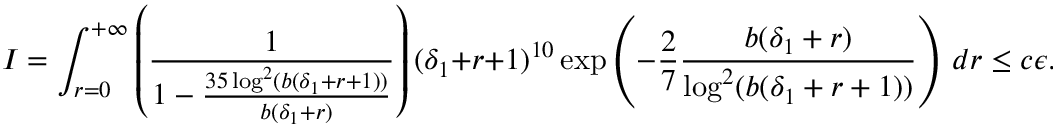
I = \int _ { r = 0 } ^ { + \infty } \left( \frac { 1 } { 1 - \frac { 3 5 \log ^ { 2 } ( b ( \delta _ { 1 } + r + 1 ) ) } { b ( \delta _ { 1 } + r ) } } \right) ( \delta _ { 1 } + r + 1 ) ^ { 1 0 } \exp \left( - \frac { 2 } { 7 } \frac { b ( \delta _ { 1 } + r ) } { \log ^ { 2 } ( b ( \delta _ { 1 } + r + 1 ) ) } \right) \, d r \leq c \epsilon .